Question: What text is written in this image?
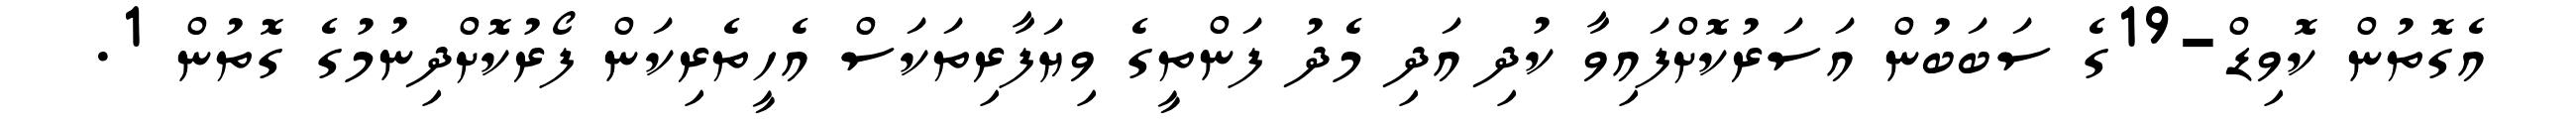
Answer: އެގޮތުން ކޮވިޑް-19ގެ ސަބަބުން އަސަރުކޮށްފައިވާ ކުދި އަދި މެދު ފަންތީގެ ވިޔަފާރިތަކަސް އެހީތެރިކަން ފޯރުކޮށްދިނުމުގެ ގޮތުން 1.